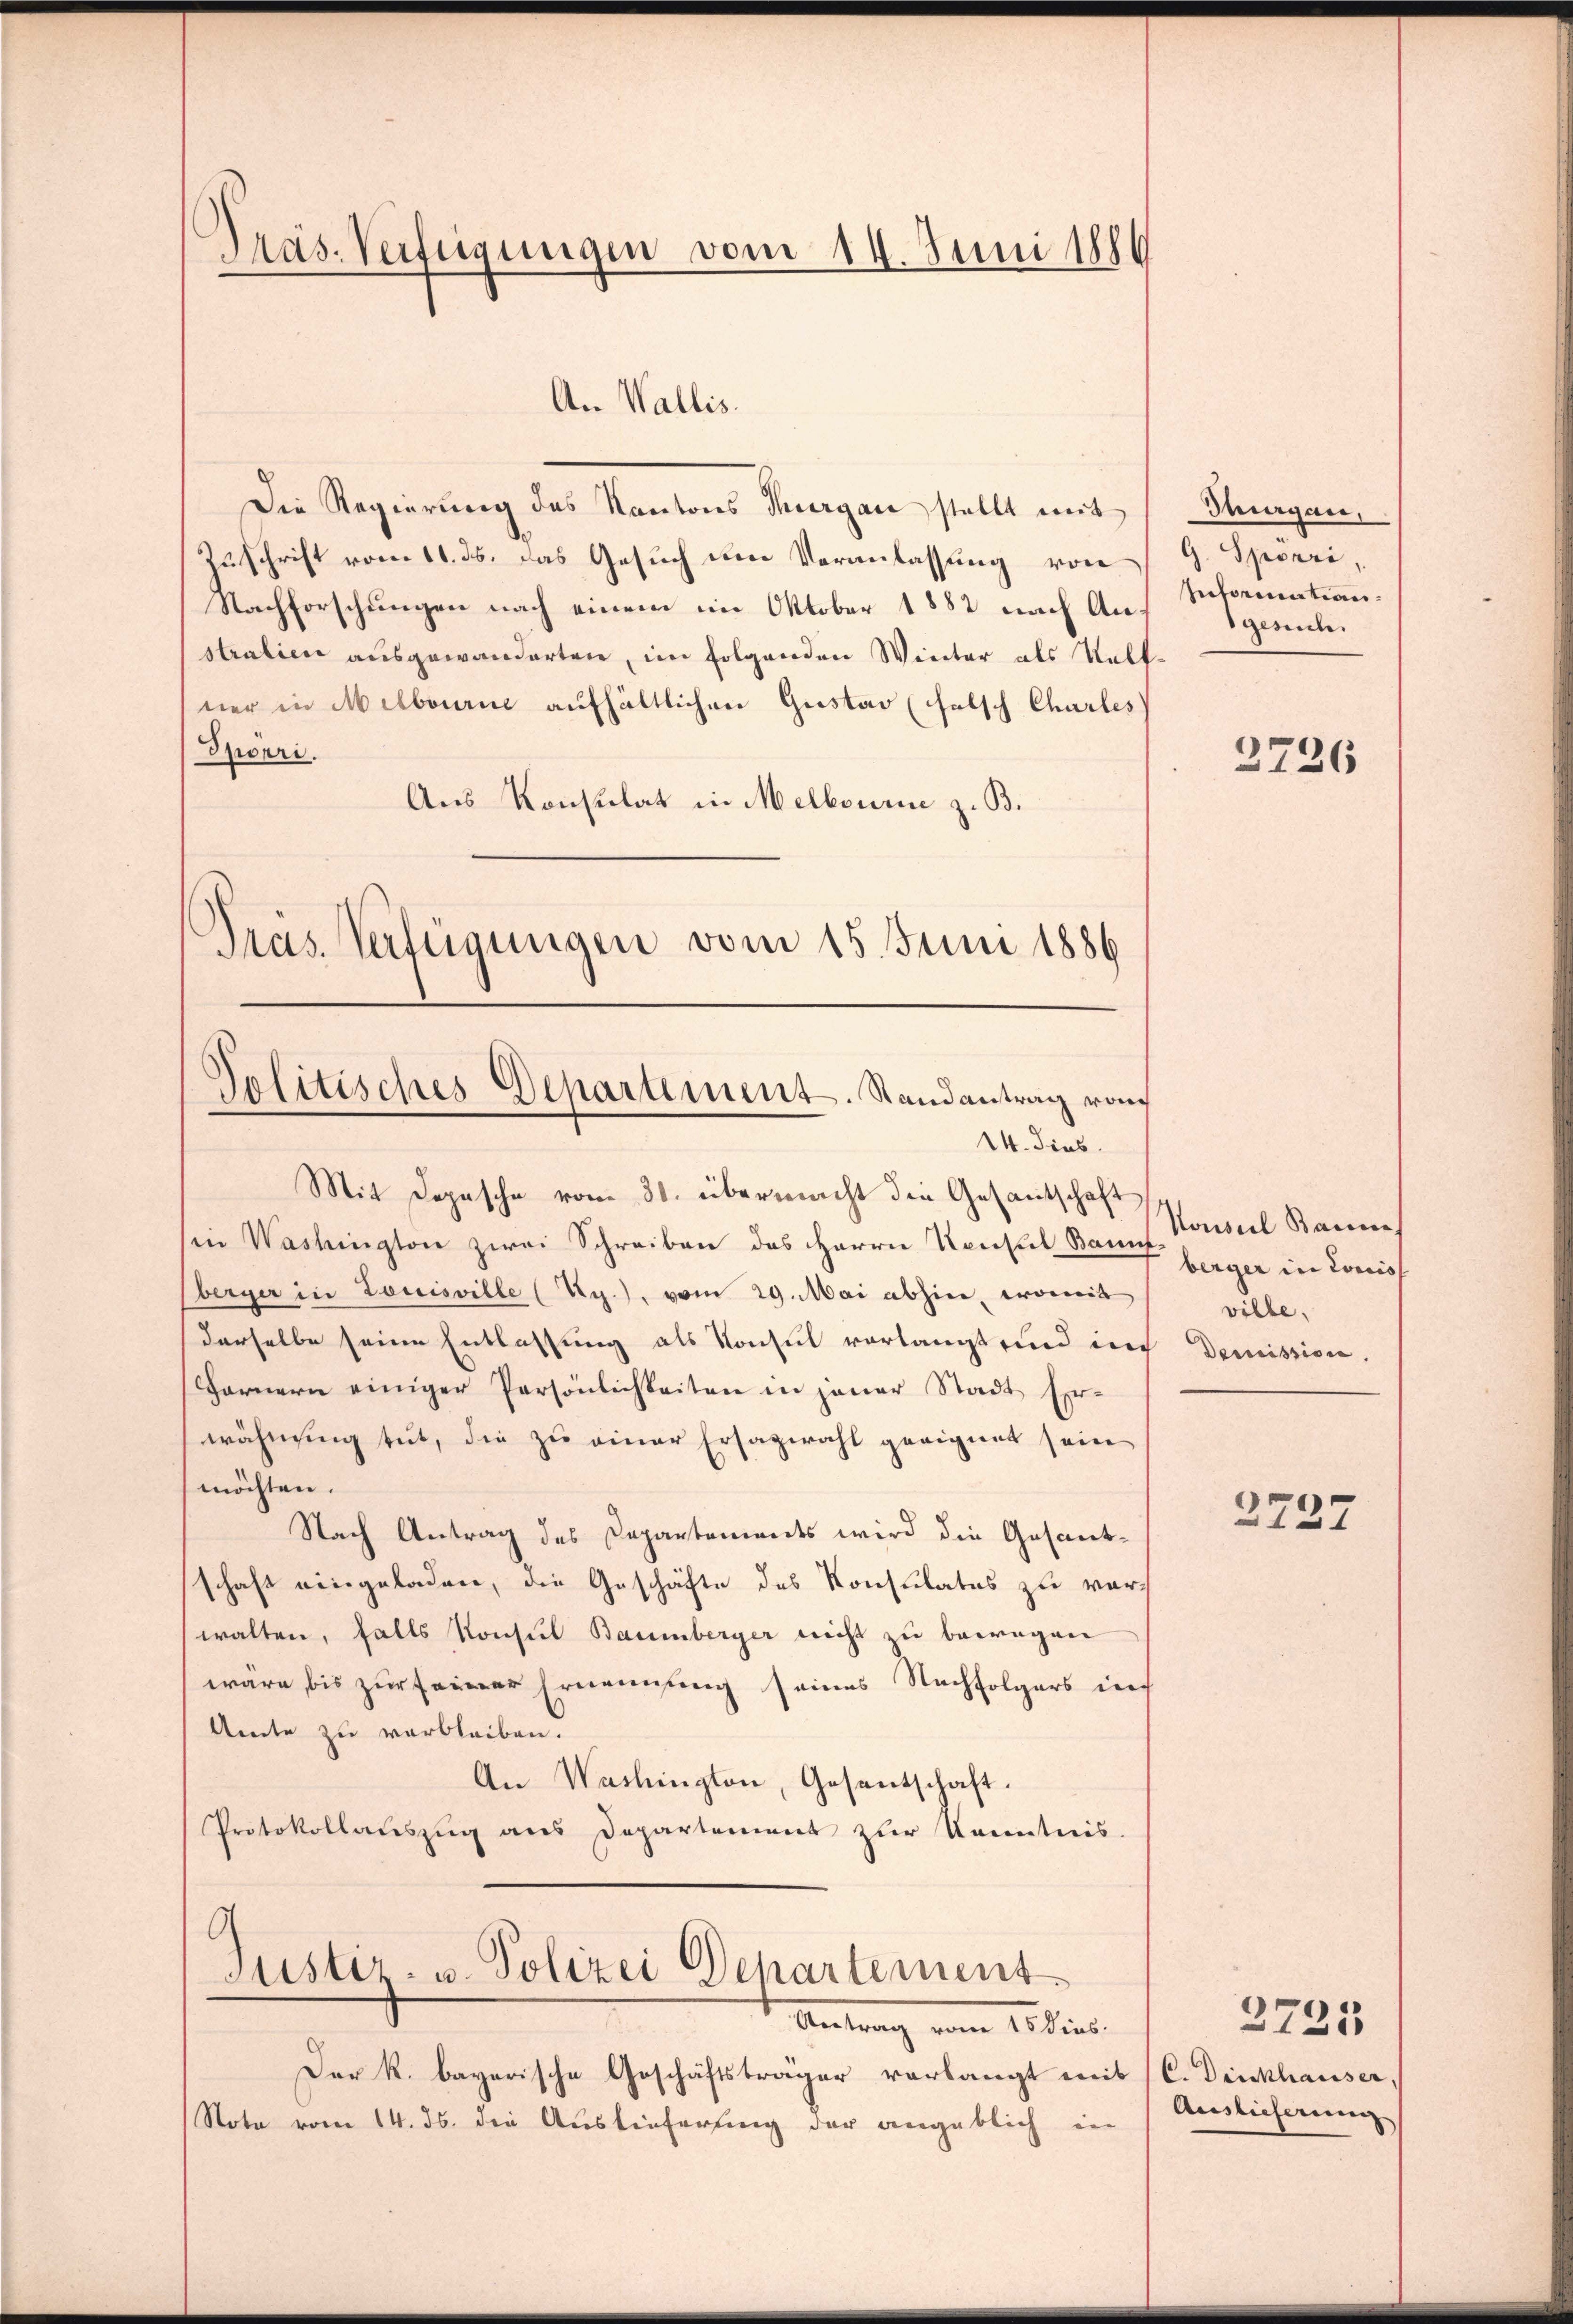
Präs. Verfügungen vom 14. Juni 1886

An Wallis.
Die Regierung des Kantons Thurgau stellt mit
Zuschrift vom 11. ds. das Gesuch um Veranlassung von
Nachforschungen nach einem im Oktober 1882 nach Anstralien ausgewanderten, im folgenden Winter als Vollner in Melborne aufhältlichen Gustav (halsch Charles
Spörri.
Aus Konsulat in Melbourie z. B.
Präs. Verfügungen vom 15. Juni 1886

Politisches Departement. Randantrag von
14. dies

Mit Depesche vom 30. übermacht die Gesandtschaft
in Washington zwei Schreiben des Herrn Konsul Bauuf
berger in Louisville (Ag.), vom 29. Mai abhin, womit
derselbe seine Entlassung als Konsul vorlangt und in Demission.
Farnern einiger Persönlichkeiten in jener Stadt Er-
wähnung tut, die zu einer Ersazwahl geeignet sein
möchten.
Nach Antrag des Departements wird die Gesantschaft eingeladen, die Geschäfte des Konsulates zu verwalten, falls Konsul Baumberger nicht zu bewegen
wäre bis zur seiner Ernennung seines Nachfolgers ins
Amte zu verbleiben.
An Washington, Gesentschaft.
Protokollauszug aus Departement zur Kenntnis.
9
Justiz- u. Polizei Departement
Antrag vom 10 dies
Der k. bayerische Geschäftsträger verlangt mit
Note vom 14. ds. die Auslieferung der angeblich in

Thurgau,
G. Spörri,
Intermation
gesuche

2736

Konsul Bannes
berger in Louiss
ville.

2737

C. Denckhausser,
Acaslicherung

2725